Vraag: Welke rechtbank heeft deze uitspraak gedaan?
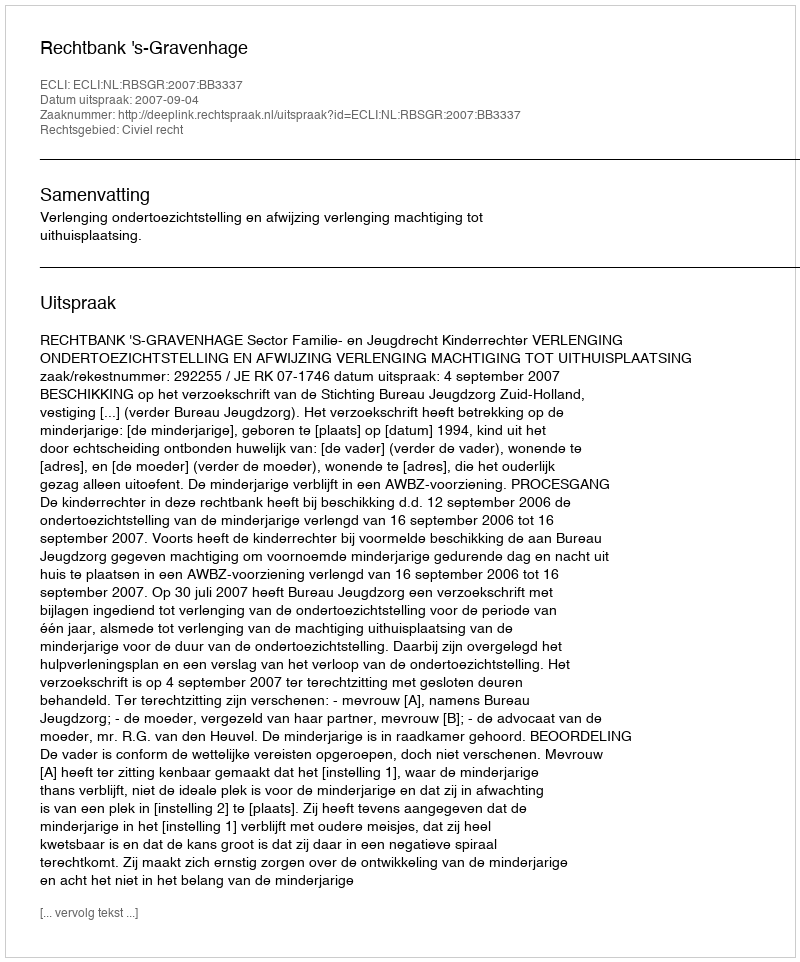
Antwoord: Rechtbank 's-Gravenhage